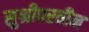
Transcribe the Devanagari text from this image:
सुश्रीपरवीन